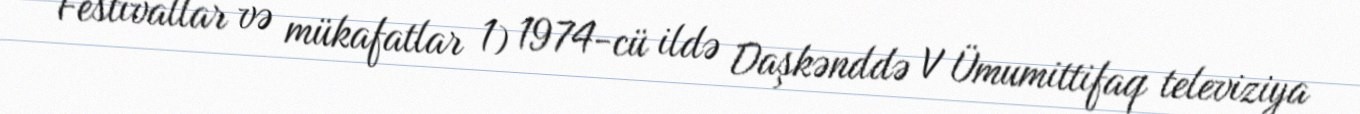
Festivallar və mükafatlar 1) 1974-cü ildə Daşkənddə V Ümumittifaq televiziya